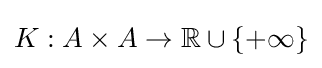
K:A\times A\to \mathbb {R} \cup \{+\infty \}